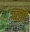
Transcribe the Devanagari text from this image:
चर्खों